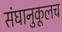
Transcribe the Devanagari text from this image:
संघानुकूलच